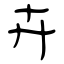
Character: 卉